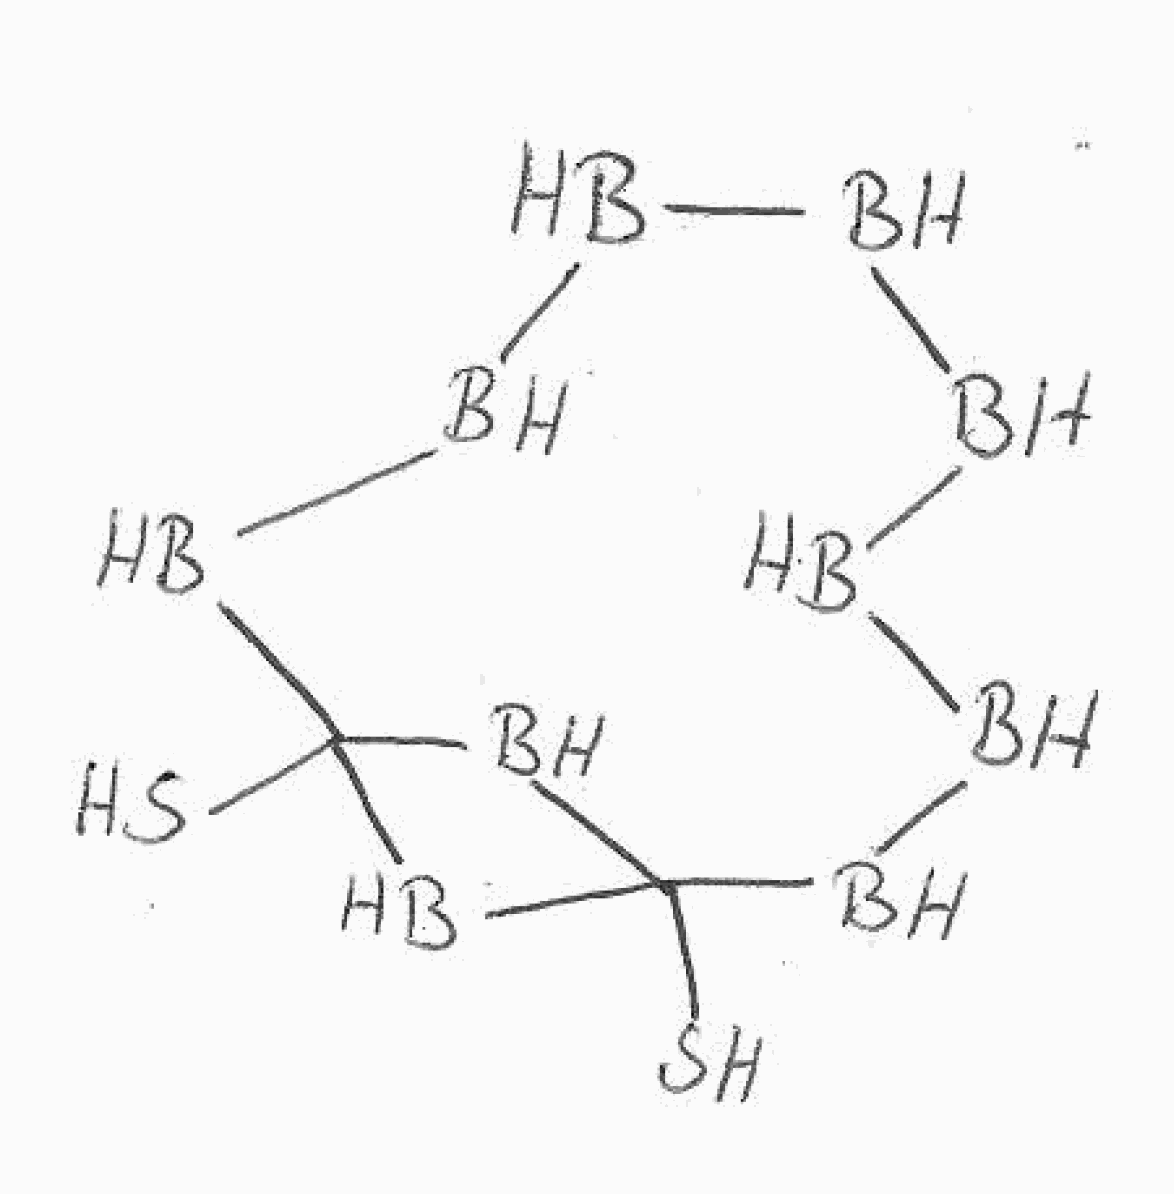
Simplified molecular-input line-entry system (SMILES) notation of the given molecule:
B1BBBBC2(BC(B2)(BBB1)S)S